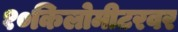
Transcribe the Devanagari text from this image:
१०किलोमीटरवर